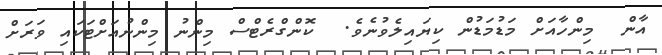
އާން  މިންހާއަށް މަޑުމަޑުން ކިޔައިލެވުނެވެ.  ކޮންގްރެޓްސް މިންނު މިންނުއަށްޓަކައި ވަރަށް